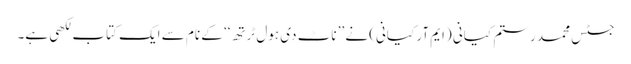
جسٹس محمد رستم کیانی (ایم آر کیانی) نے ’’ناٹ دی ہول ٹرتھ‘‘ کے نام سے ایک کتاب لکھی ہے۔